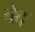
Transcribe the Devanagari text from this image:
चेद